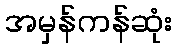
အမှန်ကန်ဆုံး